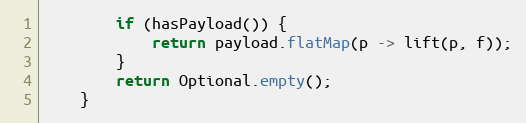
Language: Java
        if (hasPayload()) {
            return payload.flatMap(p -> lift(p, f));
        }
        return Optional.empty();
    }